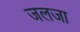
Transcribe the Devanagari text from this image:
जलजा